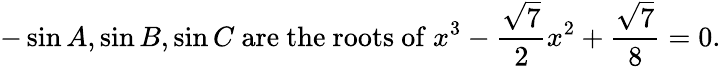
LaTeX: -\sin A,\sin B,\sin C{\mathrm{~are~the~roots~of~}}x^{3}-{\frac{\sqrt{7}}{2}}x^{2}+{\frac{\sqrt{7}}{8}}=0.